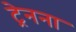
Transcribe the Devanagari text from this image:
ट्रेनना